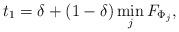
LaTeX: \begin{align*} t_1 = \delta + (1-\delta)\min_{j}F_{\Phi_j} ,\end{align*}